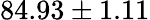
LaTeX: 84.93\pm 1.11